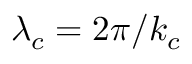
\lambda _ { c } = 2 \pi / k _ { c }